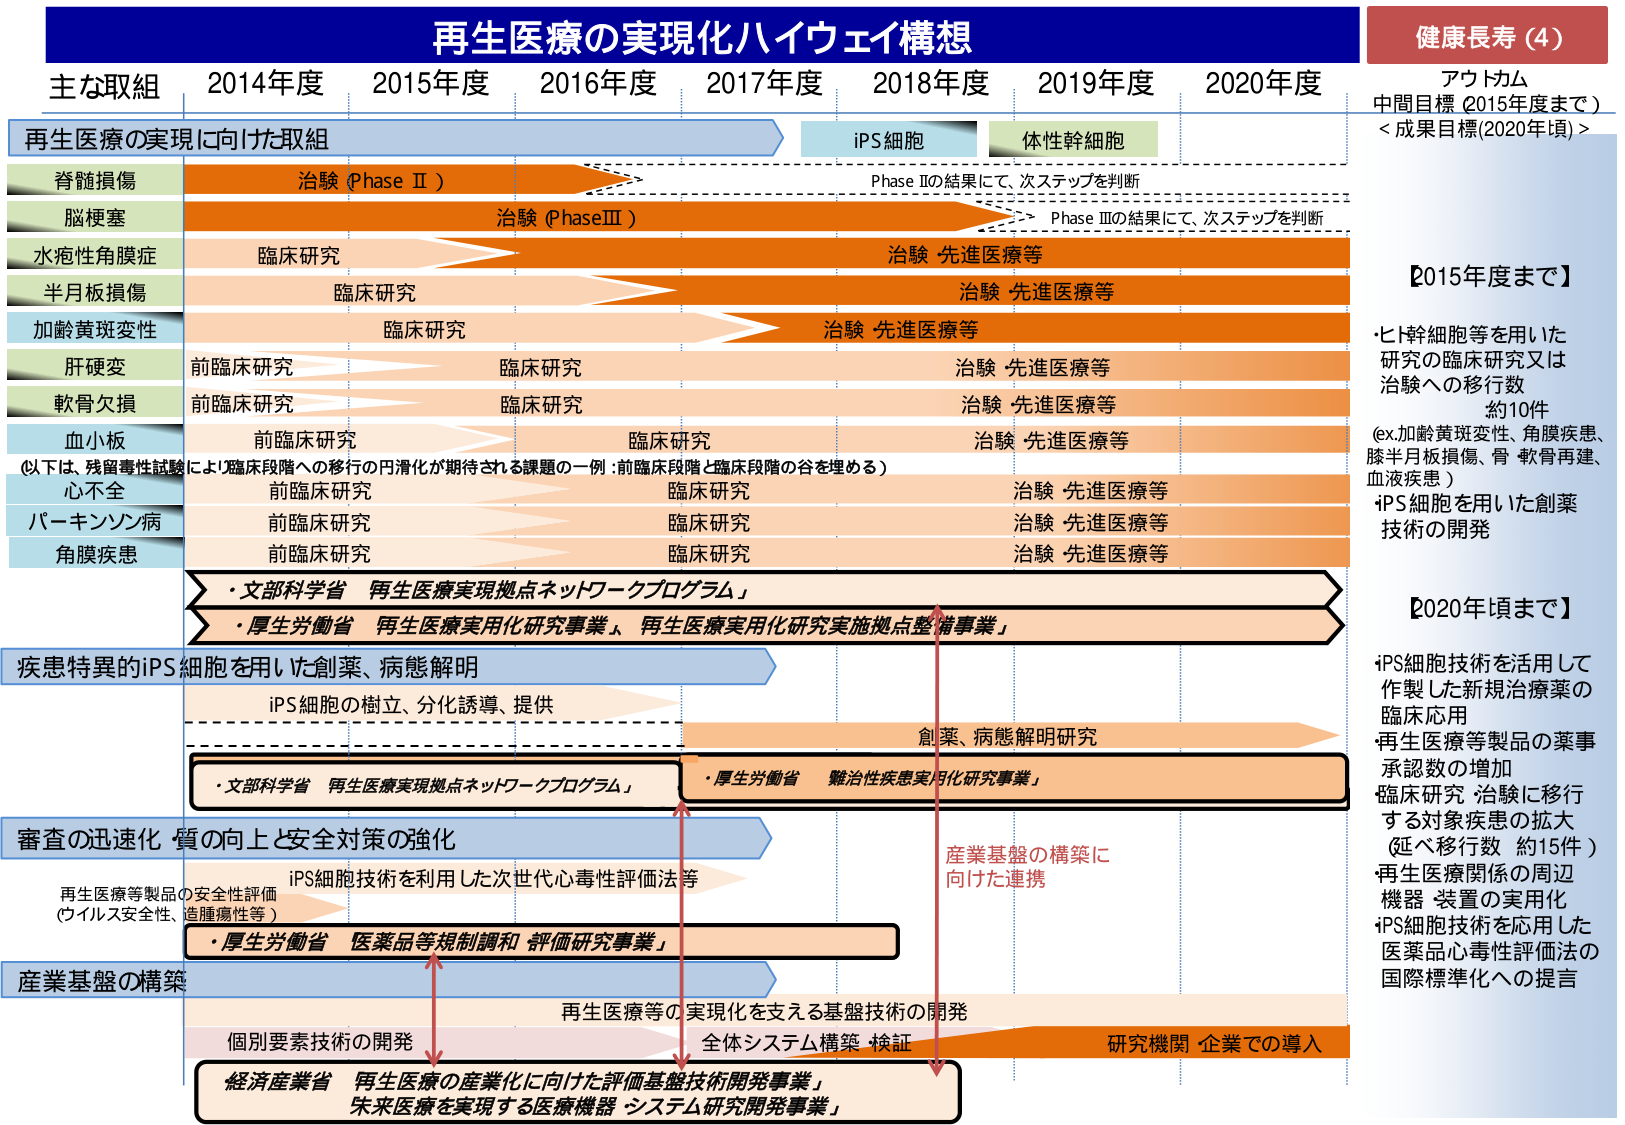
再生医療の実現化ハイウェイ構想

主な取組 2014年度 2015年度 2016年度 2017年度 2018年度 2019年度 2020年度

再生医療の実現に向けた取組

iPS細胞 体性幹細胞

脊髄損傷 治験 (Phase II) Phase IIの結果にて、次ステップを判断

脳梗塞 治験 (Phase III) Phase IIIの結果にて、次ステップを判断

水疱性角膜症 臨床研究 治験 先進医療等

半月板損傷 臨床研究 治験 先進医療等

加齢黄斑変性 臨床研究 治験 先進医療等

肝硬変 前臨床研究 臨床研究 治験 先進医療等

軟骨欠損 前臨床研究 臨床研究 治験 先進医療等

血小板 前臨床研究 臨床研究 治験 先進医療等
(以下は、残留毒性試験により臨床段階への移行の円滑化が期待される課題の一例：前臨床段階と臨床段階の谷を埋める)

心不全 前臨床研究 臨床研究 治験 先進医療等

パーキンソン病 前臨床研究 臨床研究 治験 先進医療等

角膜疾患 前臨床研究 臨床研究 治験 先進医療等

・文部科学省 再生医療実現拠点ネットワークプログラム
・厚生労働省 再生医療実用化研究事業、再生医療実用化研究実施拠点整備事業

疾患特異的iPS細胞を用いた創薬、病態解明

iPS細胞の樹立、分化誘導、提供

創薬、病態解明研究

・文部科学省 再生医療実現拠点ネットワークプログラム
・厚生労働省 難治性疾患実用化研究事業

審査の迅速化・質の向上と安全対策の強化

再生医療等製品の安全性評価
(ウイルス安全性、造腫瘍性等)

iPS細胞技術を利用した次世代心毒性評価法等

・厚生労働省 医薬品等規制調和・評価研究事業

産業基盤の構築

個別要素技術の開発

再生医療等の実現化を支える基盤技術の開発

全体システム構築・検証

研究機関・企業での導入

経済産業省 再生医療の産業化に向けた評価基盤技術開発事業
未来医療を実現する医療機器・システム研究開発事業

健康長寿（4）

アウトカム
中間目標（2015年度まで）
<成果目標（2020年頃）>

【2015年度まで】
・ヒト幹細胞等を用いた
研究の臨床研究又は
治験への移行数
約10件
(ex.加齢黄斑変性、角膜疾患、
膝半月板損傷、骨・軟骨再建、
血液疾患)
・iPS細胞を用いた創薬
技術の開発

【2020年頃まで】
iPS細胞技術を活用して
作製した新規治療薬の
臨床応用
再生医療等製品の薬事
承認数の増加
臨床研究・治験に移行
する対象疾患の拡大
(延べ移行数 約15件)
再生医療関係の周辺
機器・装置の実用化
iPS細胞技術を応用した
医薬品心毒性評価法の
国際標準化への提言

産業基盤の構築に
向けた連携